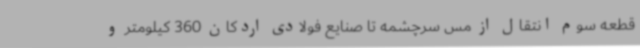
قطعه سوم انتقال از مس سرچشمه تا صنایع فولادی اردکان 360 کیلومتر و